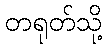
တရုတ်သို့